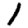
Digit: 1